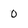
Character: 0